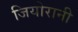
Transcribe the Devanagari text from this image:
जियोरानी